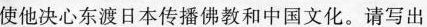
使他决心东渡日本传播佛教和中国文化。请写出